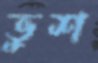
ভুশ